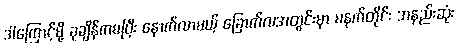
ဒါကြောင့်မို့ ခုချိန်ကစပြီး နောက်လာမယ့် ခြောက်လအတွင်းမှာ မနက်တိုင်း အနည်းဆုံး